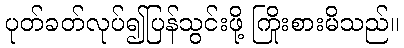
ပုတ်ခတ်လုပ်၍ပြန်သွင်းဖို့ ကြိုးစားမိသည်။